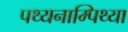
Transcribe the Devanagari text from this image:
पथ्यनाम्पिथ्या